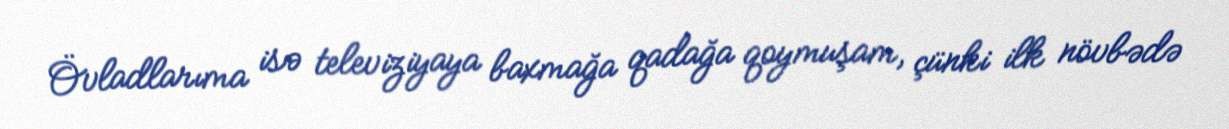
Övladlarıma isə televiziyaya baxmağa qadağa qoymuşam, çünki ilk növbədə